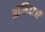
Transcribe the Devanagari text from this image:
ओशियाजी